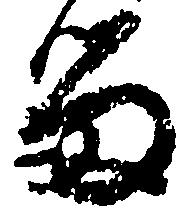
留